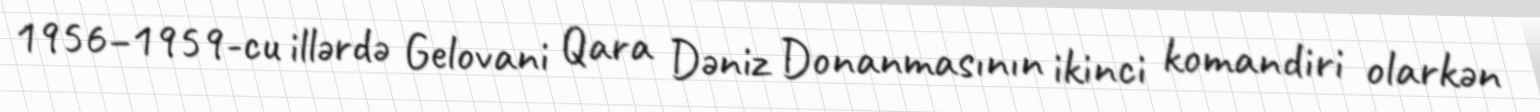
1956–1959-cu illərdə Gelovani Qara Dəniz Donanmasının ikinci komandiri olarkən